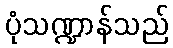
ပုံသဏ္ဍာန်သည်